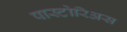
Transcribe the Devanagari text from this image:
पास्टोरिअस